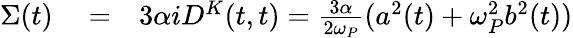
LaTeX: \begin{array}{rlr}{\Sigma(t)}&{{}=}&{{3}\alpha iD^{K}(t,t)=\frac{3\alpha}{2\omega_{P}}(a^{2}(t)+\omega_{P}^{2}b^{2}(t))}\end{array}